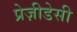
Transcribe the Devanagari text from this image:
प्रेज़ीडेसी